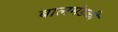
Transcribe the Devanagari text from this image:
बालमंडळी